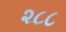
૨૮૮